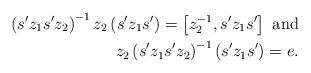
LaTeX: \begin{align*}\left(s^{\prime}z_{1}s^{\prime}z_{2}\right)^{-1}z_{2}\left(s^{\prime}z_{1}s^{\prime}\right)=\left[z_{2}^{-1},s^{\prime}z_{1}s^{\prime}\right]\mbox{ and}\\z_{2}\left(s^{\prime}z_{1}s^{\prime}z_{2}\right)^{-1}\left(s^{\prime}z_{1}s^{\prime}\right)=e.\end{align*}